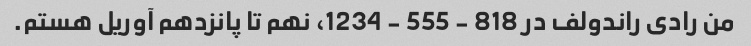
من رادی راندولف در 818 - 555 - 1234، نهم تا پانزدهم آوریل هستم.